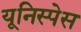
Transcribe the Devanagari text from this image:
यूनिस्पेस